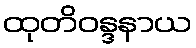
ထုတိဝန္ဒနာယ